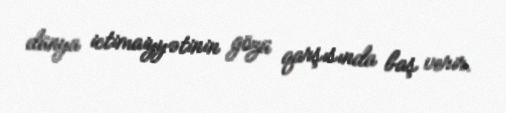
dünya ictimaiyyətinin gözü qarşısında baş verir.